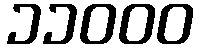
၁၁၀၀၀